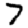
Digit: 7